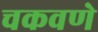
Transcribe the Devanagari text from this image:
चकवणे